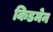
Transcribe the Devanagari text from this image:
किडमेन